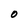
Character: O